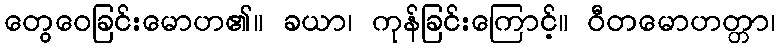
တွေဝေခြင်းမောဟ၏။ ခယာ၊ ကုန်ခြင်းကြောင့်။ ဝီတမောဟတ္တာ၊